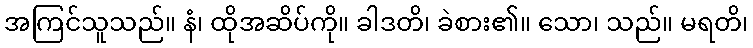
အကြင်သူသည်။ နံ၊ ထိုအဆိပ်ကို။ ခါဒတိ၊ ခဲစား၏။ သော၊ သည်။ မရတိ၊